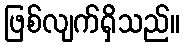
ဖြစ်လျက်ရှိသည်။